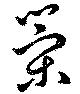
策